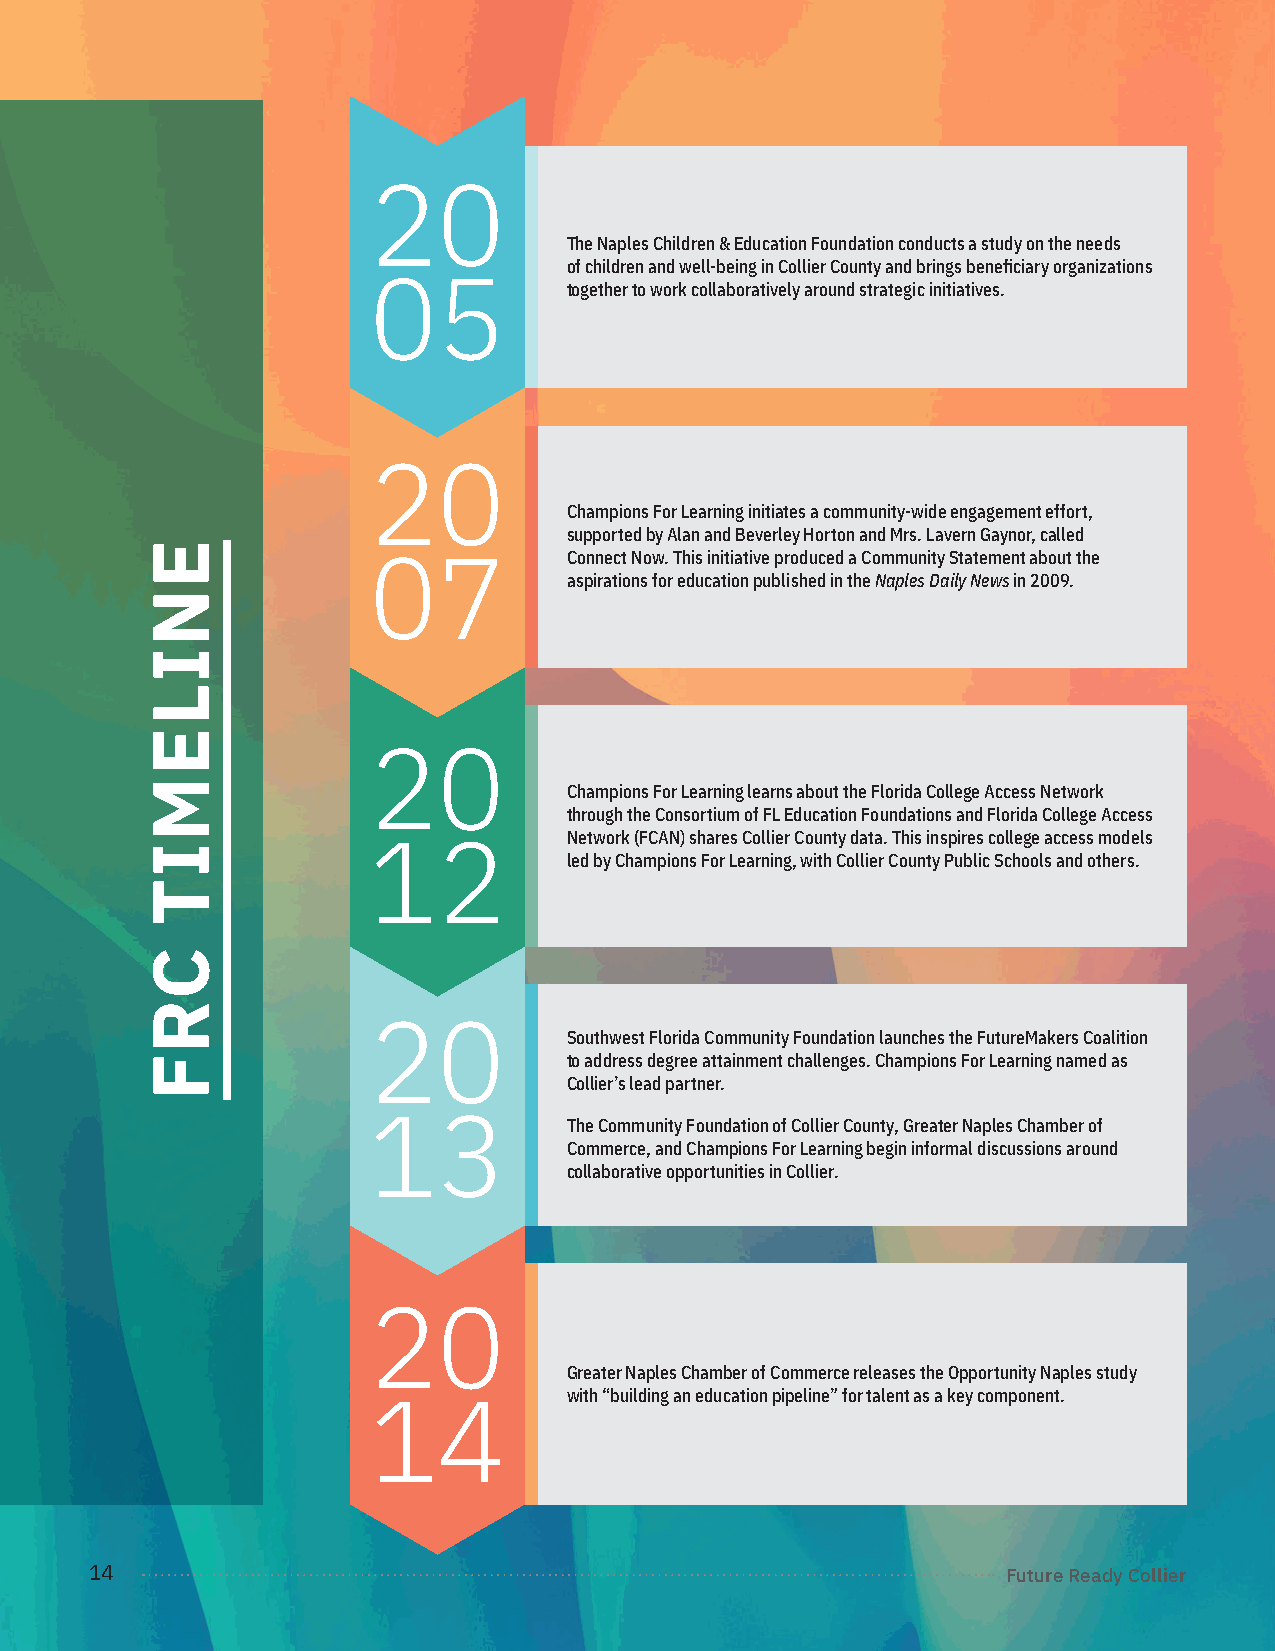
20
 The Naples Children & Education Foundation conducts a study on the needs
 of children and well-being in Collier County and brings beneficiary organizations
 05
 together to work collaboratively around strategic initiatives.
 20
 Champions For Learning initiates a community-wide engagement effort,
 supported by Alan and Beverley Horton and Mrs. Lavern Gaynor, called
 07            Connect Now. This initiative produced a Community Statement about the
 aspirations for education published in the Naples Daily News in 2009.
 20
 Champions For Learning learns about the Florida College Access Network
 through the Consortium of FL Education Foundations and Florida College Access
 12            Network (FCAN) shares Collier County data. This inspires college access models
 led by Champions For Learning, with Collier County Public Schools and others.
 20
 Southwest Florida Community Foundation launches the FutureMakers Coalition
 to address degree attainment challenges. Champions For Learning named as
 Collier’s lead partner.
 13
 The Community Foundation of Collier County, Greater Naples Chamber of
 Commerce, and Champions For Learning begin informal discussions around
 collaborative opportunities in Collier.
 20
 Greater Naples Chamber of Commerce releases the Opportunity Naples study
 with “building an education pipeline” for talent as a key component.
 14
 14                                                           Future Ready Collier
 ENILEMIT
 CRF